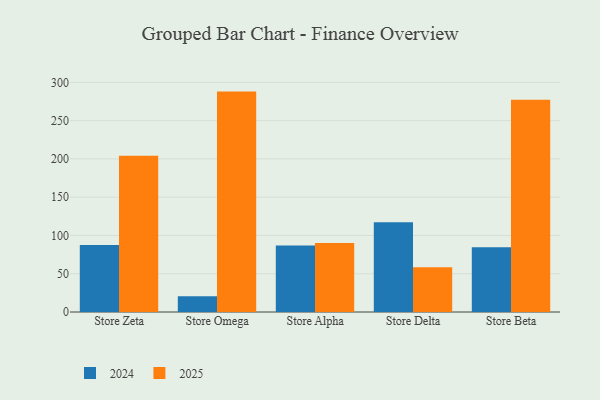
{"axis": {"x": "Store", "y": "Active Users"}, "legend": ["2024", "2025"], "data": [{"x": "Store Zeta", "y": 87.5, "type": "2024"}, {"x": "Store Zeta", "y": 204.1, "type": "2025"}, {"x": "Store Omega", "y": 20.6, "type": "2024"}, {"x": "Store Omega", "y": 287.9, "type": "2025"}, {"x": "Store Alpha", "y": 87.0, "type": "2024"}, {"x": "Store Alpha", "y": 90.1, "type": "2025"}, {"x": "Store Delta", "y": 117.2, "type": "2024"}, {"x": "Store Delta", "y": 58.6, "type": "2025"}, {"x": "Store Beta", "y": 84.6, "type": "2024"}, {"x": "Store Beta", "y": 277.2, "type": "2025"}]}